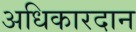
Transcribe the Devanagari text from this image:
अधिकारदान